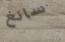
سانغ